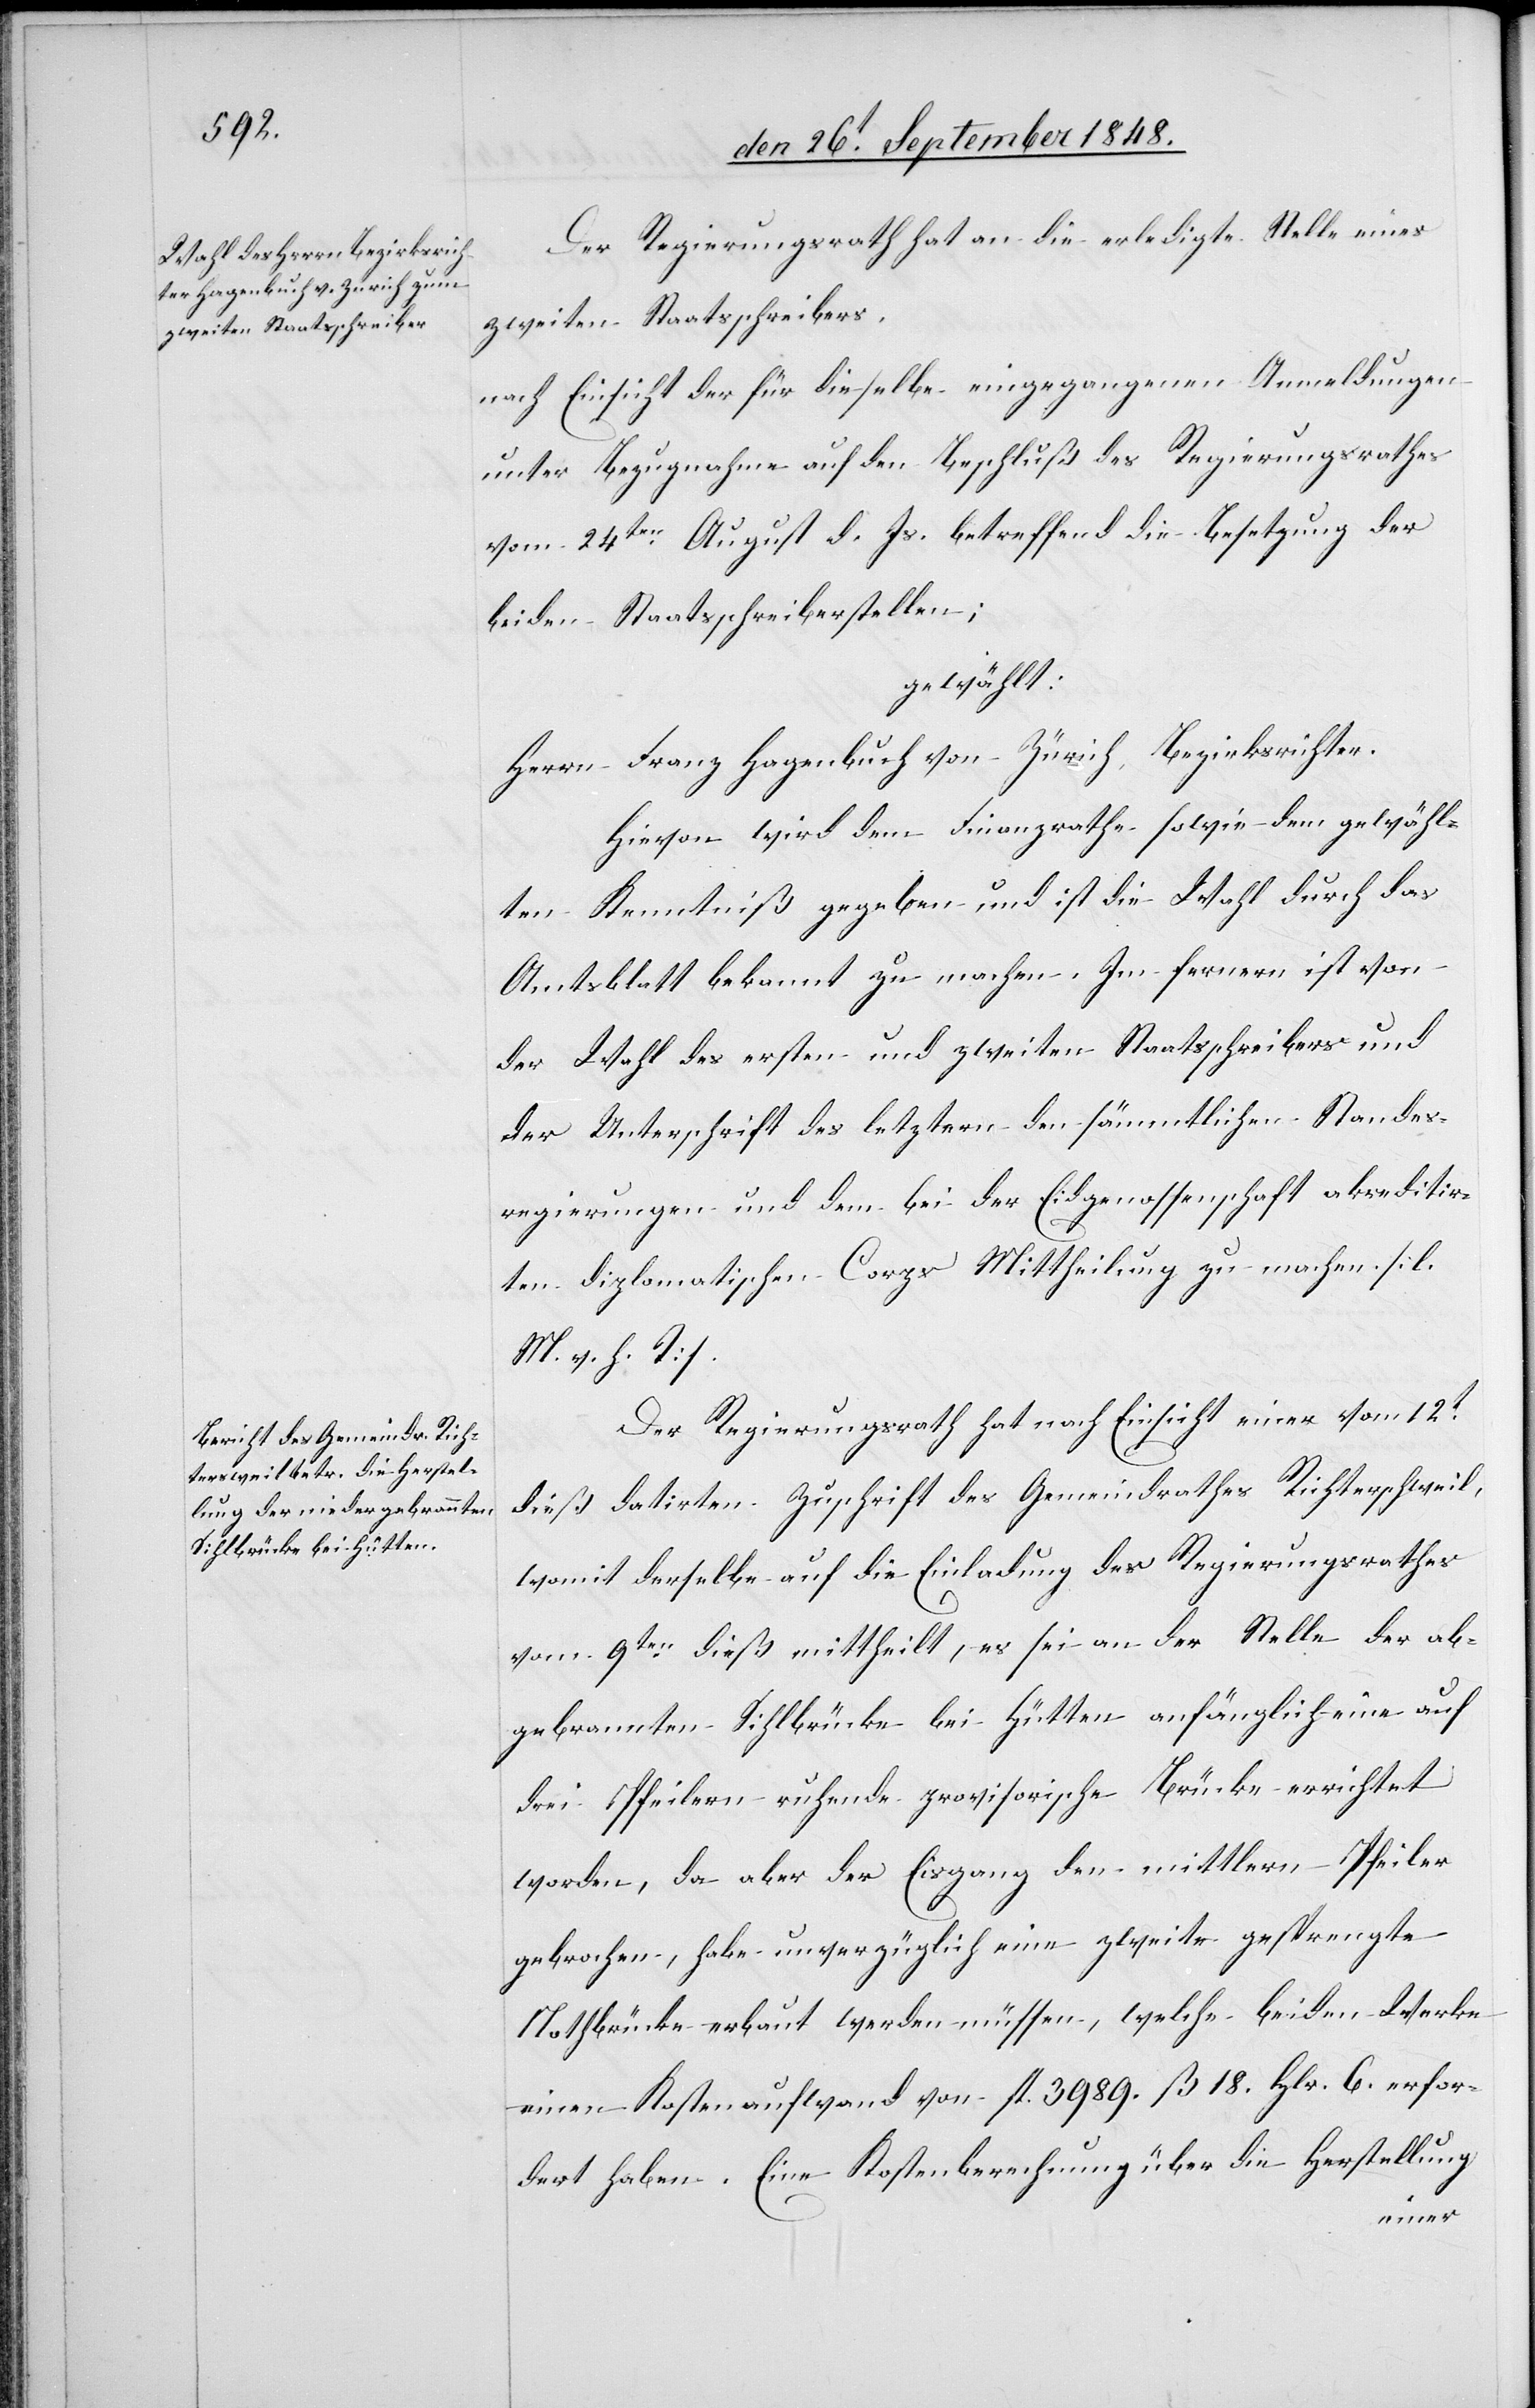
Der Regierungsrath hat an die erledigte Stelle eines
zweiten Staatsschreibers
nach Einsicht der für dieselbe eingegangenen Anmeldungen
unter Bezugnahme auf den Beschluß des Regierungsrathes
vom 24ten. August d. Js. betreffend die Besetzung der
beiden Staatsschreiberstellen;
gewählt:
Herrn Franz Hagenbuch von Zürich Bezirksrichter.
Hievon wird dem Finanzrathe sowie dem gewähl¬
ten Kenntniß gegeben und ist die Wahl durch das
Amtsblatt bekannt zu machen. Im fernern ist von
der Wahl des ersten und zweiten Staatsschreiber und
der Unterschrift des letztern den sämmtlichen Standes¬
regierungen und dem bei der Eidgenossenschaft akreditir¬
ten diplomatischen Corps Mittheilung zu machen. [l.
M. v. h. T]
Der Regierungsrath hat nach Einsicht einer vom 12t
dieß datirten Zuschrift des Gemeindrathes Richterschweil,
womit derselbe auf die Einladung des Regierungsrathes
vom 9ten dieß mittheilt, es sei an der Stelle der ab¬
gebrannten Sihlbrücke bei Hütten anfänglich eine auf
drei Pfeilern ruhende provisorische Brücke errichtet
worden, da aber der Eisgang den mittleren Pfeiler
gebrochen, habe unverzüglich eine zweite gesprengte
Nothbrücke erbaut werden müssen, welche beiden Werke
einen Kostenaufwand von fl. 2989. ß. 18. Hrl. 6. erfor¬
dert haben. Eine Kostenberechnung über die Herstellung